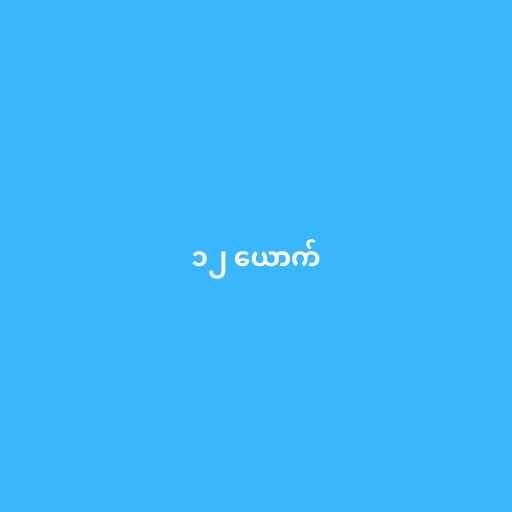
၁၂ ယောက်